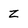
Character: z